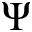
\Psi